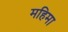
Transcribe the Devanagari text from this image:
महिमा